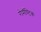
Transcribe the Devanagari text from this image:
रोमॅण्टिक